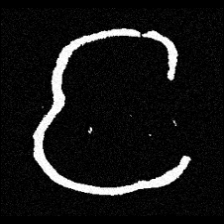
Pyu character \u2014 Myanmar letter: င (romanized: nga)